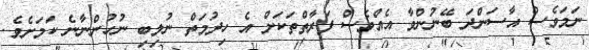
ނަމަވެސް އާސަންދަ ބޭނުންވާ އެއްވެސް ފަރާތްތަކަށް އެ ހިދުމަތް ނުލިބި ނުހުންނާނެ ކަމަށެވެ.